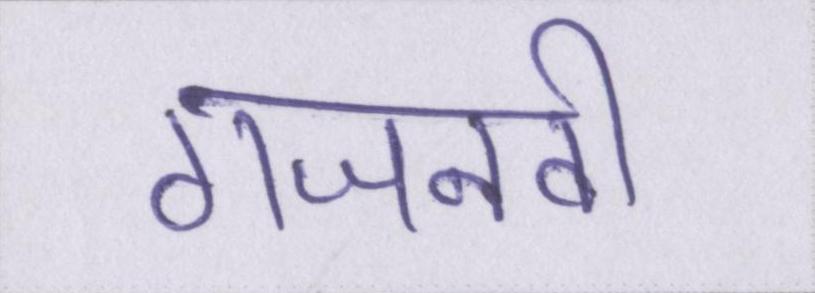
गजनवी